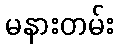
မနားတမ်း